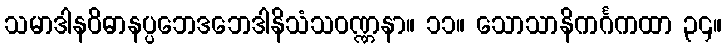
သမာဒါနဝိဓာနပ္ပဘေဒဘေဒါနိသံသဝဏ္ဏနာ။ ၁၁။ သောသာနိကင်္ဂကထာ ၃၄။